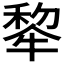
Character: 𪺳